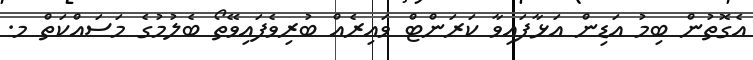
އެގޮތުން ބިމު އަޑިން އަޅާފައިވާ ކަރަންޓް ވައިރެއް ބުރިވެފައިވޭތޯ ބެލުމުގެ މަސައްކަތް މ.